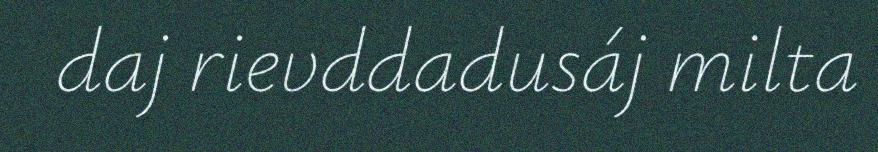
daj rievddadusáj milta